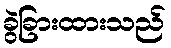
ခွဲခြားထားသည်